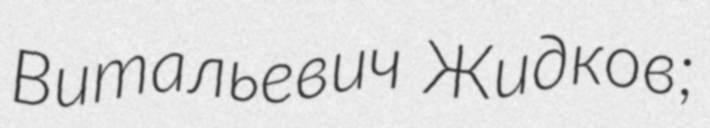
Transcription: Витальевич Жидков;